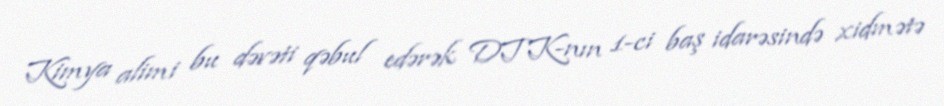
Kimya alimi bu dəvəti qəbul edərək DTK-nın 1-ci baş idarəsində xidmətə